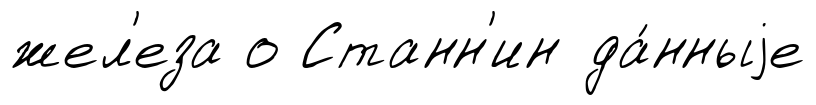
жел'еза о Станн'ин да́нныjе